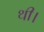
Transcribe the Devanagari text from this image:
थी।